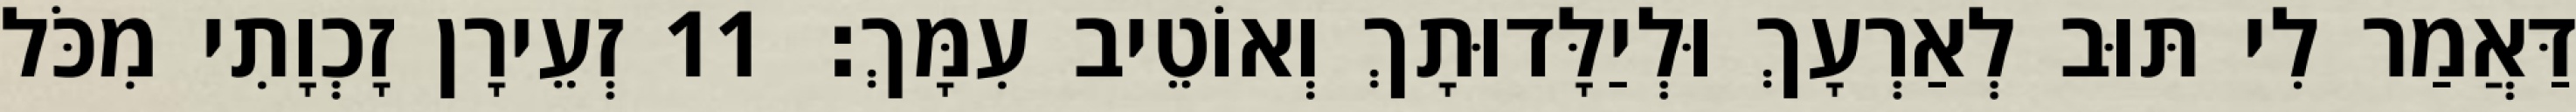
דַּאֲמַר לִי תּוּב לְאַרְעָךְ וּלְיַלָּדוּתָךְ וְאוֹטֵיב עִמָּךְ׃ 11 זְעֵירָן זָכְוָתִי מִכֹּל